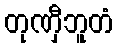
တုဏှီဘူတံ